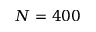
N = 4 0 0